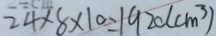
2 4 \times 8 \times 1 0 = 1 9 2 0 ( c m ^ { 3 } )